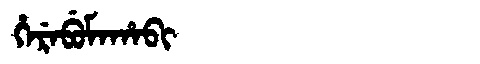
Manchu: ᡥᡝᡵᡝᠪᡠᠮᠠᡥᠠᠪᡳ
Romanization: HEREBUMAHABI